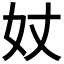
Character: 𡚹